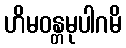
ဟိမဝန္တမုပါဂမိ